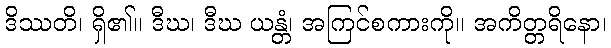
ဒိဿတိ၊ ရှိ၏။ ဒီဃ၊ ဒီဃ ယန္တံ၊ အကြင်စကားကို။ အကိတ္တရိနော၊